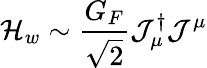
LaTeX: {\cal H}_{w}\sim{\frac{G_{F}}{\sqrt{2}}}{\cal J}_{\mu}^{\dagger}{\cal J}^{\mu}